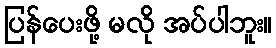
ပြန်ပေးဖို့ မလို အပ်ပါဘူး။